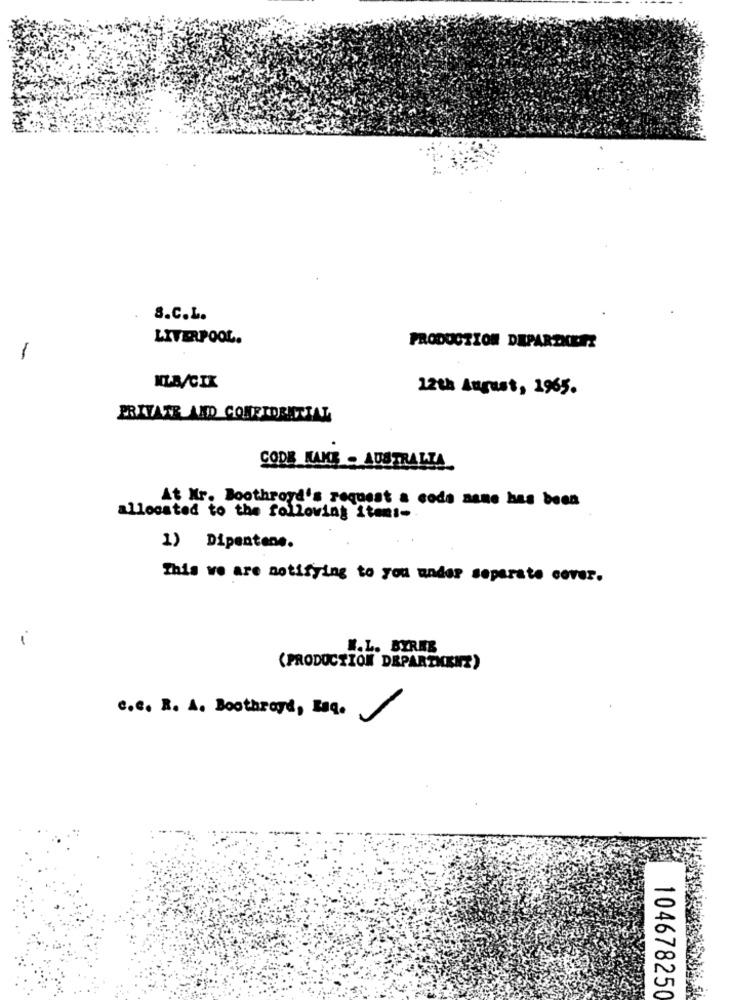
S.C.L.
LIVERPOOL.
PRODUCTION DEPARTKEEZ
1
MLB/CIK
12th August, 1965.
PRIVATE AND CONFIDENTIAL
CODE MAKE - AUSTRALIA
At Mr. Boothroyd's request a code name has been
allocated to the following items-
1) Dipentene.
This we are notifying to you under separate cover.
i
W.L. BYRNE
(PRODUCTION DRPARTHENZ)
c.c. R. A. Boothroyd, Esq.
104678250